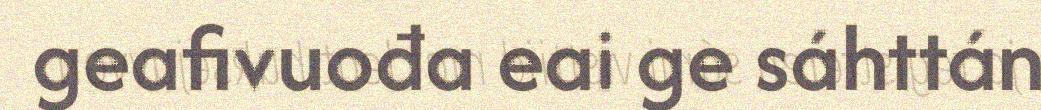
geafivuođa eai ge sáhttán